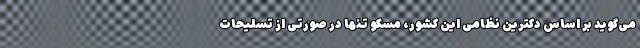
می‌گوید بر اساس دکترین نظامی این کشور، مسکو تنها در صورتی از تسلیحات